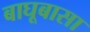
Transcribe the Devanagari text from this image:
बाघूबासा